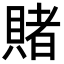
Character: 賭